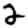
Digit: 2